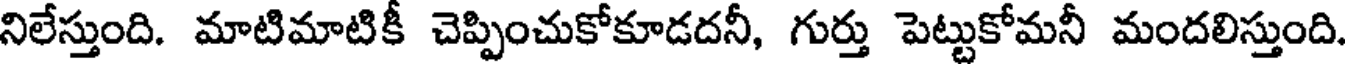
నిలేస్తుంది. మాటిమాటికీ చెప్పించుకోకూడదనీ, గుర్తు పెట్టుకోమనీ మందలిస్తుంది